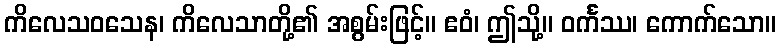
ကိလေသဝသေန၊ ကိလေသာတို့၏ အစွမ်းဖြင့်။ ဧဝံ၊ ဤသို့။ ဝင်္ကဿ၊ ကောက်သော။